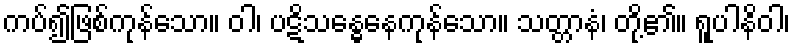
ကပ်၍ဖြစ်ကုန်သော။ ဝါ၊ ပဋိသန္ဓေနေကုန်သော။ သတ္တာနံ၊ တို့၏။ ရူပါနိဝါ၊